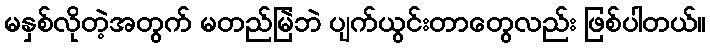
မနှစ်လိုတဲ့အတွက် မတည်မြဲဘဲ ပျက်ယွင်းတာတွေလည်း ဖြစ်ပါတယ်။